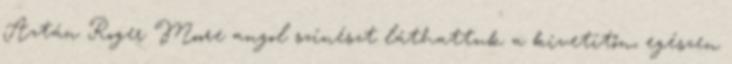
Aztán Roger Moore angol színészt láthattuk a kivetítőn, egészen